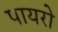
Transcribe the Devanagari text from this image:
पायरो